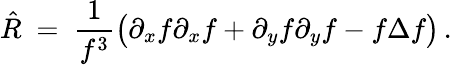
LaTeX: \hat{R}\ =\ \frac{1}{f^{3}}\big(\partial_{x}f\partial_{x}f+\partial_{y}f\partial_{y}f-f\Delta f\big)\, .